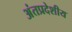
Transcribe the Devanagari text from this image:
अंतप्रदेशीय